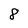
Character: 8